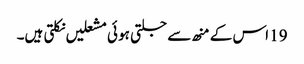
19 اس کے منھ سے جلتی ہو ئی مشعلیں نکلتی ہیں۔